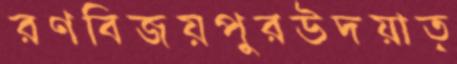
রণবিজয়পুরউদয়াত্